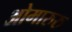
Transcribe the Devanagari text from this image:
ओमारुरु